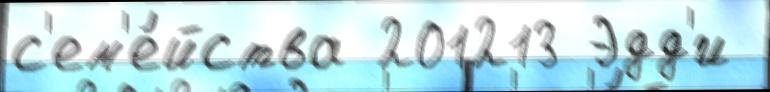
с'ем'е́йства 201213 Эдд'и